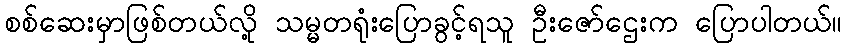
စစ်ဆေးမှာဖြစ်တယ်လို့ သမ္မတရုံးပြောခွင့်ရသူ ဦးဇော်ဌေးက ပြောပါတယ်။